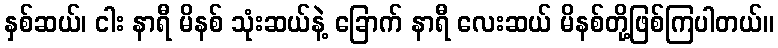
နှစ်ဆယ်၊ ငါး နာရီ မိနစ် သုံးဆယ်နဲ့ ခြောက် နာရီ လေးဆယ် မိနစ်တို့ဖြစ်ကြပါတယ်။